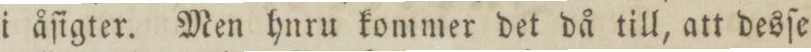
i åſigter. Men hnru kommer det då till, att desſe